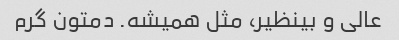
عالی و بینظیر، مثل همیشه. دمتون گرم